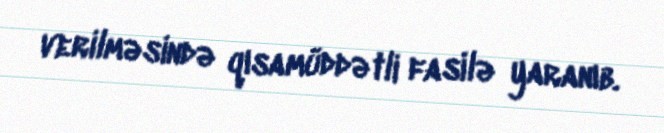
verilməsində qısamüddətli fasilə yaranıb.